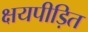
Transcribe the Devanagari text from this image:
क्षयपीड़ित